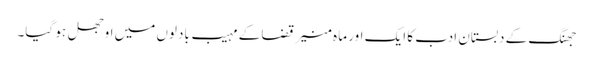
جھنگ کے دبستان ادب کا ایک اور ما ہ منیر قضا کے مہیب بادلوں میں اوجھل ہو گیا۔